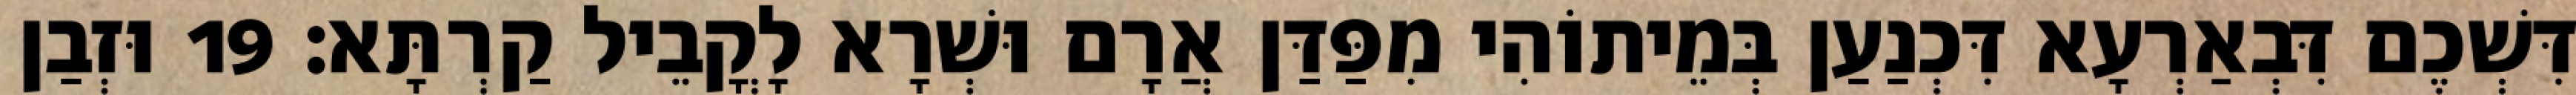
דִּשְׁכֶם דִּבְאַרְעָא דִּכְנַעַן בְּמֵיתוֹהִי מִפַּדַּן אֲרָם וּשְׁרָא לָקֳבֵיל קַרְתָּא׃ 19 וּזְבַן